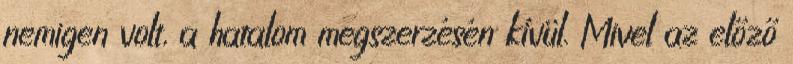
nemigen volt, a hatalom megszerzésén kívül. Mivel az előző